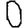
Digit: 0